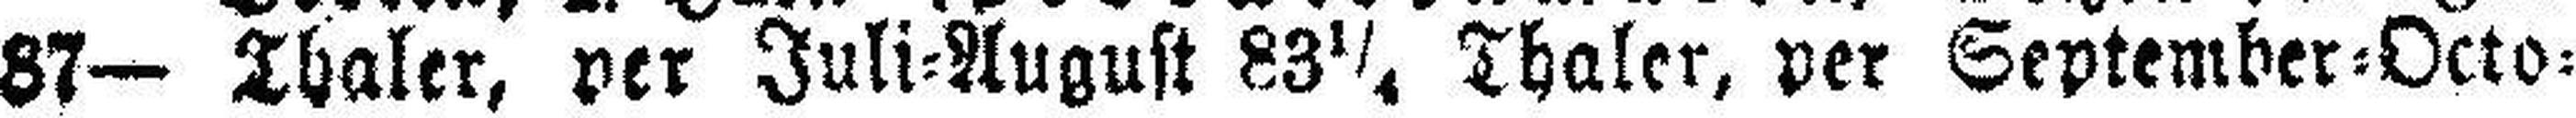
87— Thaler, per Juli=August 83¼ Thaler, per September=Octo¬